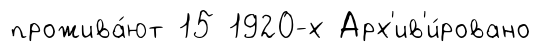
прожива́ют 15 1920-х Арх'ив'и́ровано